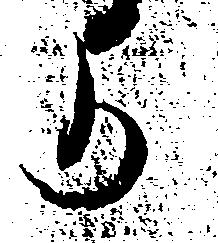
よ